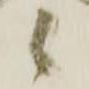
候